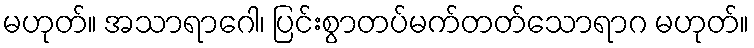
မဟုတ်။ အသာရာဂေါ၊ ပြင်းစွာတပ်မက်တတ်သောရာဂ မဟုတ်။